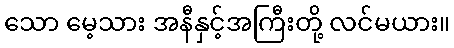
သော မေ့သား အနီနှင့်အကြီးတို့ လင်မယား။